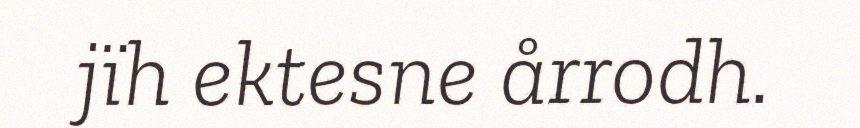
jïh ektesne årrodh.